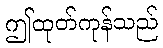
ဤထုတ်ကုန်သည်